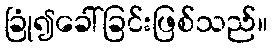
ခြုံ၍ခေါ်ခြင်းဖြစ်သည်။